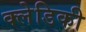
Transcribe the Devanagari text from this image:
क्लेडिकी